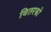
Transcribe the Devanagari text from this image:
वितरको